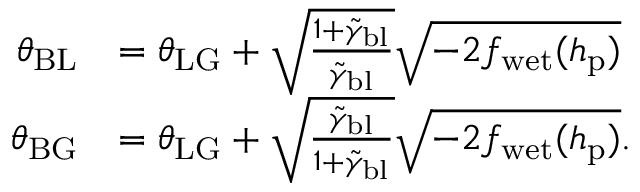
\begin{array} { r l } { \theta _ { \mathrm { B L } } } & { = \theta _ { \mathrm { L G } } + \sqrt { \frac { 1 + \Tilde { \gamma } _ { \mathrm { b l } } } { \Tilde { \gamma } _ { \mathrm { b l } } } } \sqrt { - 2 f _ { \mathrm { w e t } } ( h _ { \mathrm { p } } ) } } \\ { \theta _ { \mathrm { B G } } } & { = \theta _ { \mathrm { L G } } + \sqrt { \frac { \Tilde { \gamma } _ { \mathrm { b l } } } { 1 + \Tilde { \gamma } _ { \mathrm { b l } } } } \sqrt { - 2 f _ { \mathrm { w e t } } ( h _ { \mathrm { p } } ) } . } \end{array}